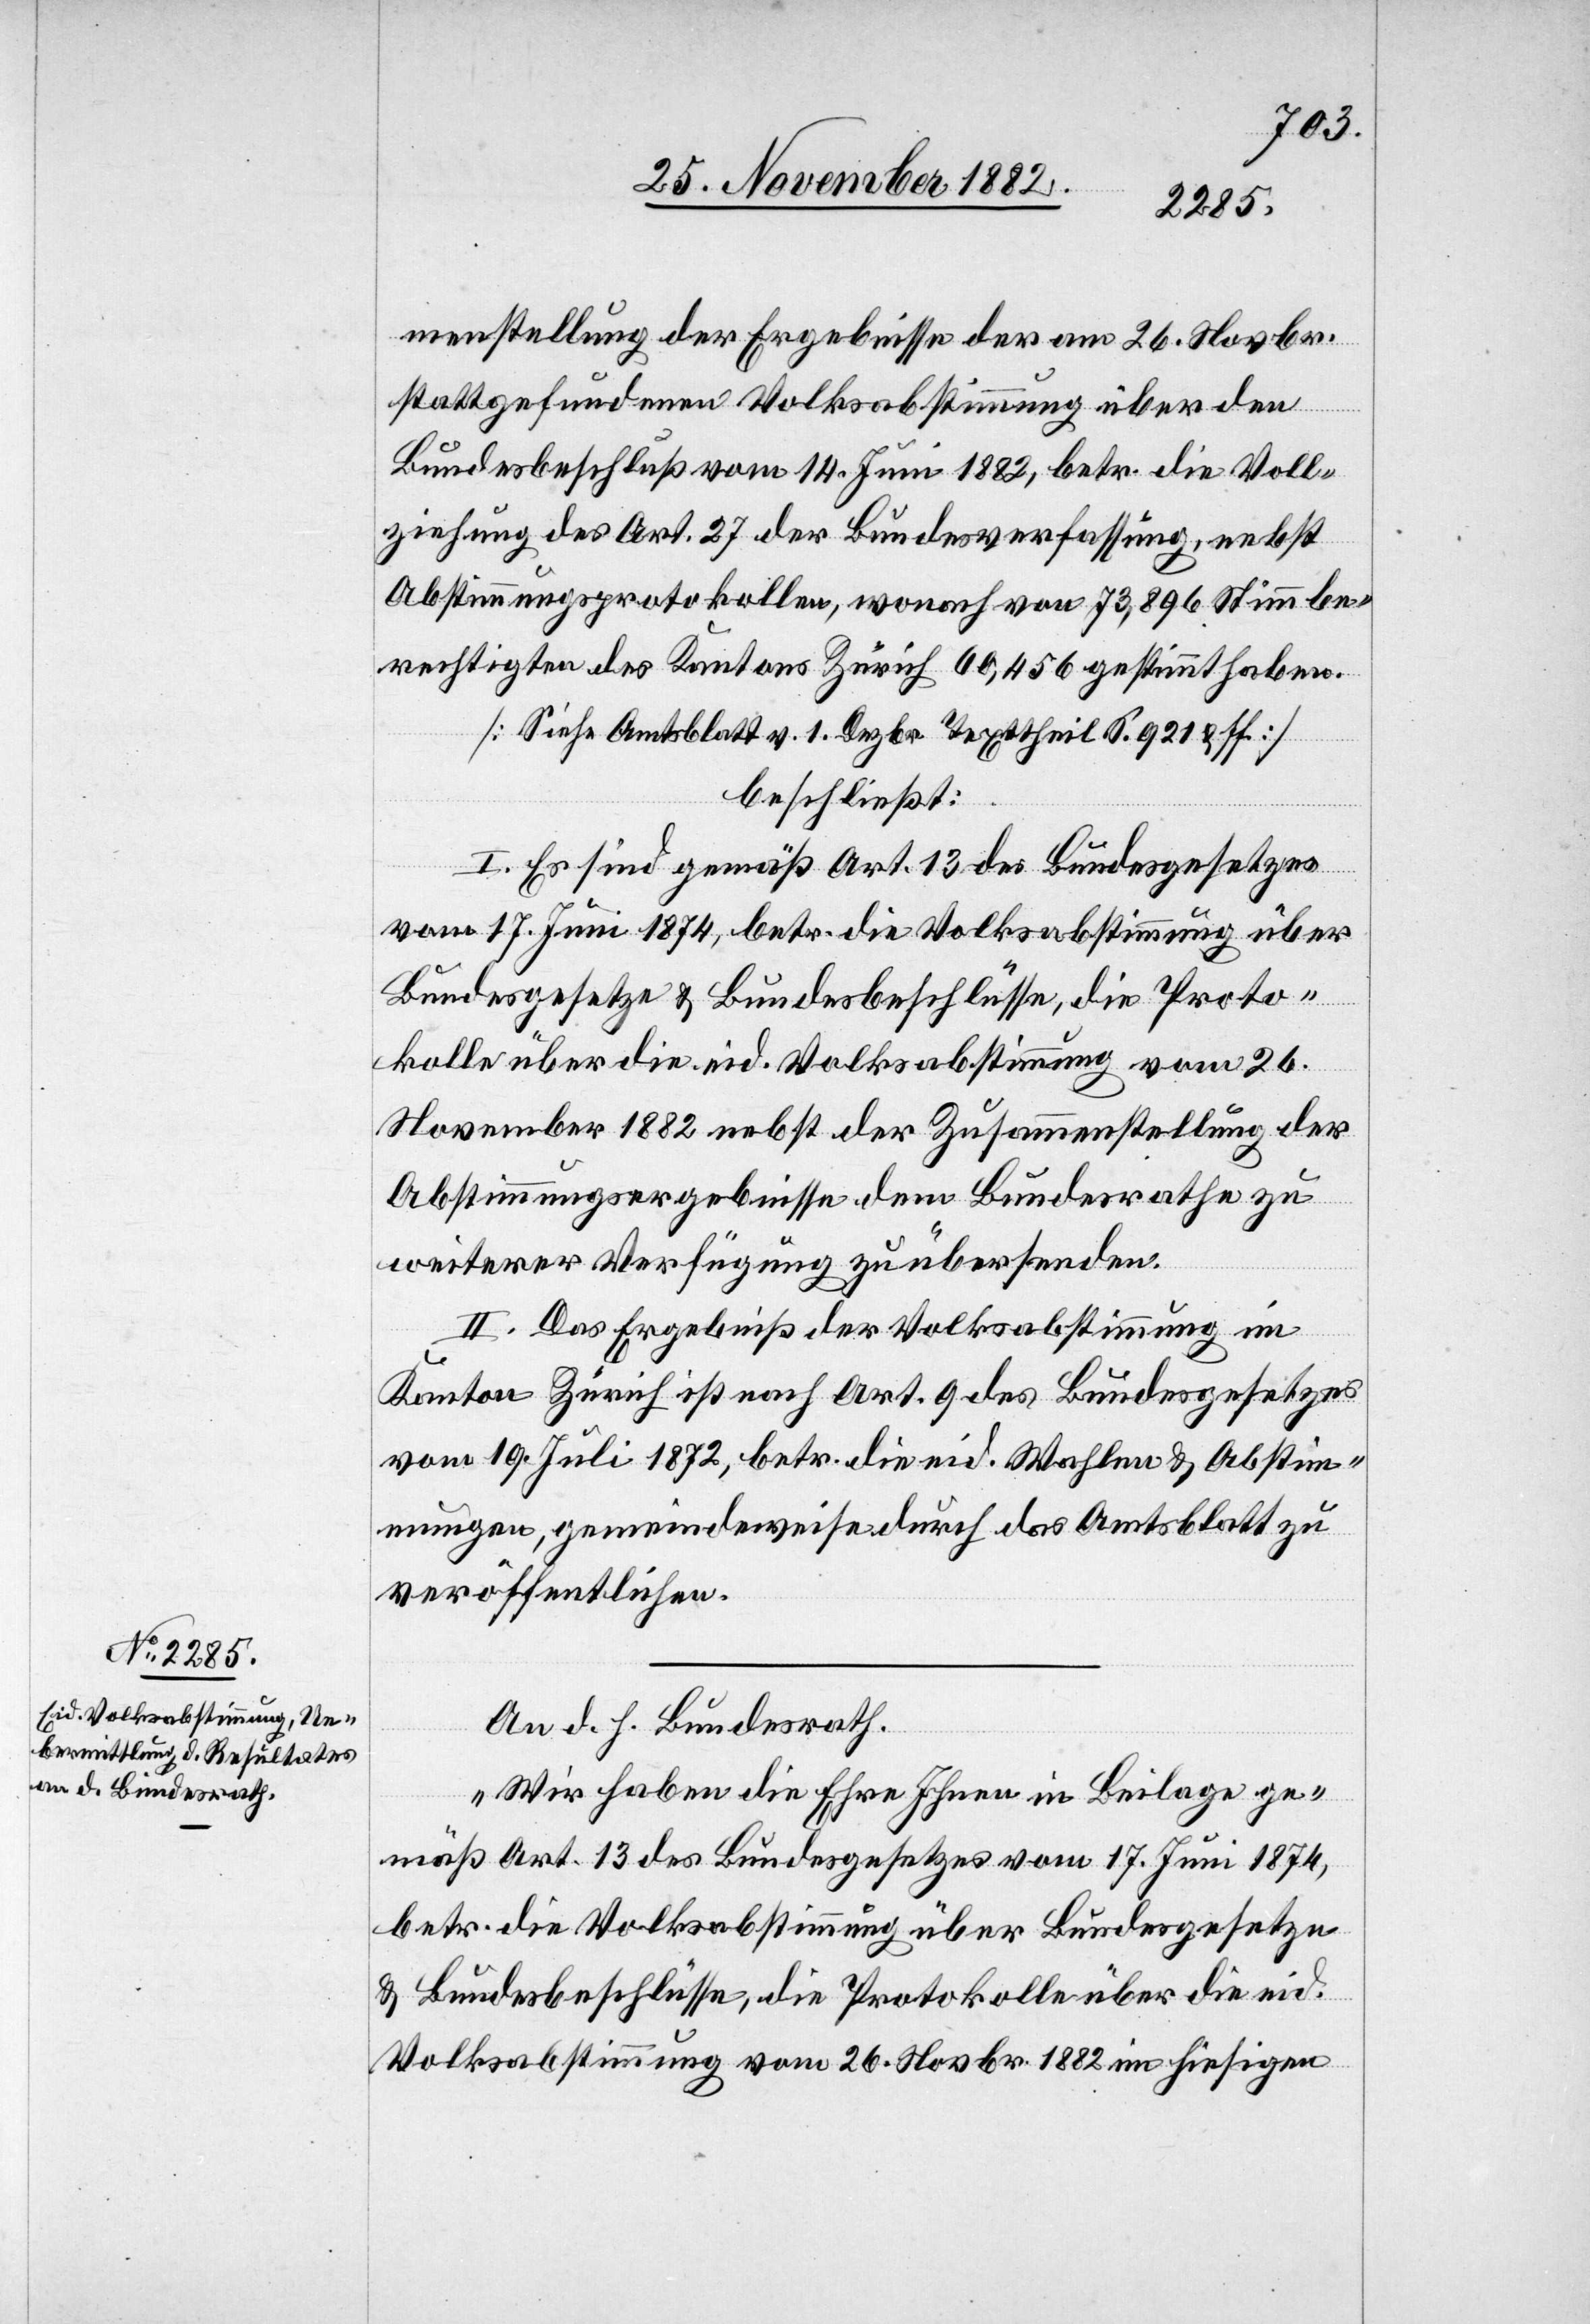
30. November 1882.]
menstellung der Ergebnisse der am 26. Novbr.
stattgefundenen Volksabstimmung über den
Bundesbeschluß vom 14. Juni 1882, betr. die Voll¬
ziehung des Art. 27 der Bundesverfassung, nebst
Abstimmungsprotokollen, wonach von 73,896 Stimmbe¬
rechtigten des Kantons Zürich 60,456 gestimmt haben.
[Siehe Amtsblatt v. 1. Dezbr. Texttheil S. 921 & ff.]
beschließt:
I. Es sind gemäß Art. 13 des Bundesgesetzes
vom 17. Juni 1874, betr. die Volksabstimmung über
Bundesgesetze & Bundesbeschlüsse, die Proto¬
kolle über die eid. Volksabstimmung vom 26.
November 1882 nebst der Zusammenstellung der
Abstimmungsergebnisse dem Bundesrathe zu
weiterer Verfügung zu übersenden.
II. Das Ergebniß der Volksabstimmung im
Kanton Zürich ist nach Art. 9 des Bundesgesetzes
vom 19. Juli 1872, betr. die eid. Wahlen & Abstim¬
mungen, gemeindeweise durch das Amtsblatt zu
veröffentlichen.
An d. h. Bundesrath.
„Wir haben die Ehre Ihnen in Beilage ge¬
mäß Art. 13 des Bundesgesetzes vom 17. Juni 1874,
betr. die Volksabstimmung über Bundesgesetze
& Bundesbeschlüsse, die Protokolle über die eid.
Volksabstimmung vom 26. Novbr. 1882 im hiesigen